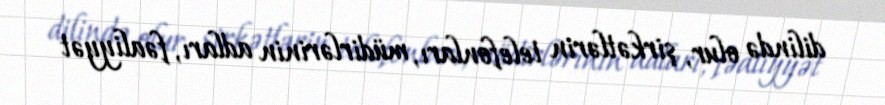
dilində olur, şirkətlərin telefonları, müdirlərinin adları, fəaliyyət